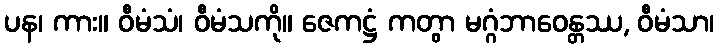
ပန၊ ကား။ ဝီမံသံ၊ ဝီမံသကို။ ဇေကဋ္ဌံ ကတွာ မဂ္ဂံဘာဝေန္တဿ, ဝီမံသာ၊